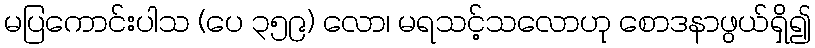
မပြကောင်းပါသ (ပေ ၃၅၉) လော၊ မရသင့်သလောဟု စောဒနာဖွယ်ရှိ၍